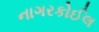
નાગરકોઈલ